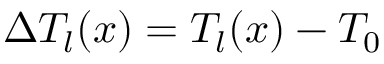
\Delta T _ { l } ( x ) = T _ { l } ( x ) - T _ { 0 }